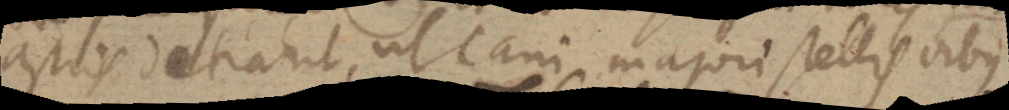
astris detrahit, ut cani majori stellis omnibus